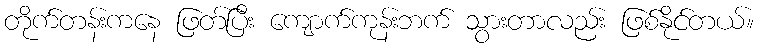
တိုက်တန်းကနေ ဖြတ်ပြီး ကျောက်ကုန်းဘက် သွားတာလည်း ဖြစ်နိုင်တယ်။